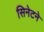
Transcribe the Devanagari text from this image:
सिनेटने